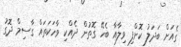
ގެއަށް ބަދަލު ކޮށްފި ވިލާއާ ބެހޭ ގޮތުން ދެއްކި ވާހަކަތައް ގާސިމް ދޮގު